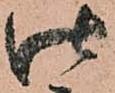
仕